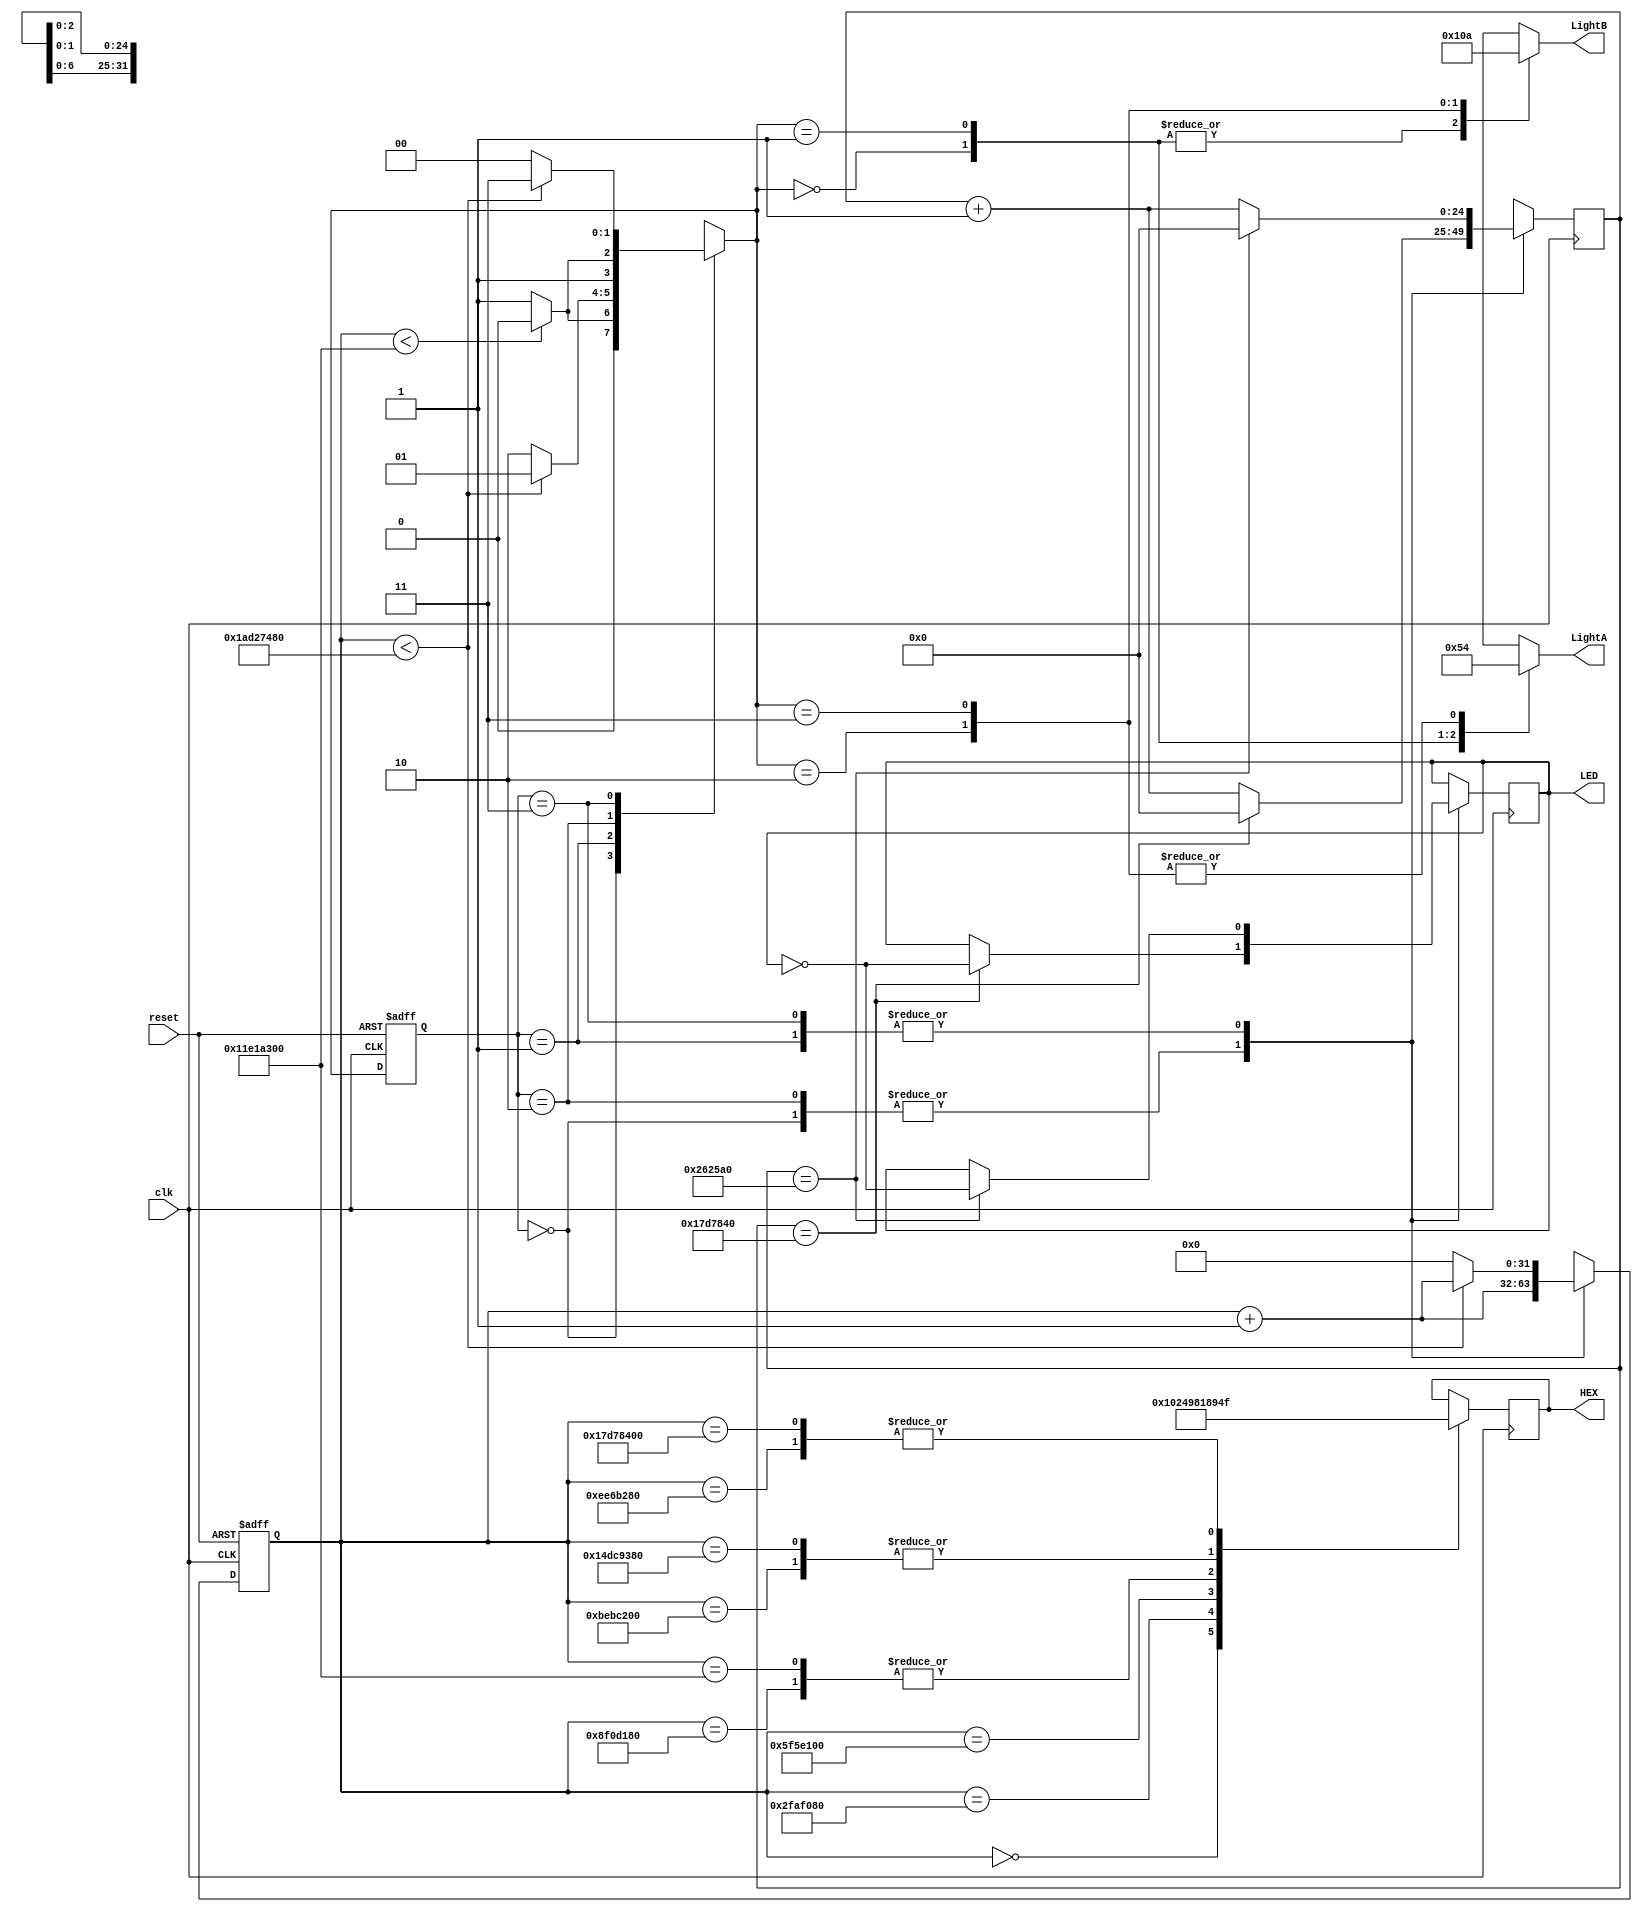
`timescale 1ns/10ps
module final5(clk,reset,LightA,LightB,HEX,LED);
input clk,reset;
output [2:0] LightA,LightB;
output [0:6]HEX;
output LED;

reg LED;
reg [24:0] counter;
reg [0:6]HEX;
reg[31:0] ccount=32'd0;   
reg[31:0] ncount;
reg[1:0] cs=2'b00;
reg[1:0]ns;
reg[2:0] LightA,LightB;
parameter [1:0] s0=2'b00;
parameter [1:0] s1=2'b01;
parameter [1:0] s2=2'b10;
parameter [1:0] s3=2'b11;

always@(posedge clk or negedge reset)begin
if(!reset)
   begin
      ccount=32'd0;
      cs=2'b00;
   end
else begin  
     ccount<=ncount;
     cs<=ns;
   end
end

always@(*)begin
 case(cs)
  s0: begin
  ncount=(ccount<32'd300000000)?ccount+32'd1:ccount+32'd1;//6 seconds
     ns =(ccount<32'd300000000)?s0:s1;
  end
  s1: begin
    ncount=(ccount<32'd450000000)?ccount+32'd1:32'd0;//3 seconds
     ns =(ccount<32'd450000000)?s1:s2;
 end
  s2: begin
  ncount=(ccount<32'd300000000)?ccount+32'd1:ccount+32'd1;//6 seconds
     ns =(ccount<32'd300000000)?s2:s3;
 end
  s3: begin
  ncount=(ccount<32'd450000000)?ccount+32'd1:32'd0;//3 seconds
     ns =(ccount<32'd450000000)?s3:s0;
  end
 endcase
end

always@(*)begin
   case(ns)
   s0:
   begin
      LightA=3'b001;//A green
      LightB=3'b100;//B red
   end
   s1:
   begin
      LightA=3'b010;//A yellow
      LightB=3'b100;//B red
   end
  s2:
   begin
      LightA=3'b100;//A red
      LightB=3'b001;//B green
   end
  s3:
   begin
      LightA=3'b100;//A red
      LightB=3'b010;//B yellow
   end
  endcase
end

always@(posedge clk) begin
case(ccount)
		0:HEX=7'b0100000;//6
		50000000:HEX=7'b0100100;//5
		100000000:HEX=7'b1001100;//4
		150000000:HEX=7'b0000110;//3
		200000000:HEX=7'b0010010;//2
		250000000:HEX=7'b1001111;//1
		300000000:HEX=7'b0000110;//3
		350000000:HEX=7'b0010010;//2
		400000000:HEX=7'b1001111;//1
 endcase
end

always@(posedge clk)begin
case(cs)
s0:begin
counter<=counter+1;
if(counter==32'd25000000)begin
  LED<=~LED;
  counter<=0;
  end
 end
 s1:begin
counter<=counter+1;
if(counter==32'd2500000)begin
  LED<=~LED;
  counter<=0;
  end
 end
 s2:begin
counter<=counter+1;
if(counter==32'd25000000)begin
  LED<=~LED;
  counter<=0;
  end
 end
 s3:begin
counter<=counter+1;
if(counter==32'd2500000)begin
  LED<=~LED;
  counter<=0;
  end
 end
 endcase
end
endmodule